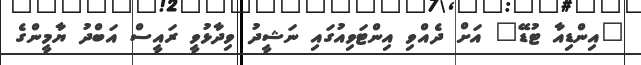
"އިންޑިއާ ޓުޑޭ" އަށް ދެއްވި އިންޓަވިއުގައި ނަޝީދު ވިދާޅުވީ ރައީސް އަބްދު ޔާމީންގެ